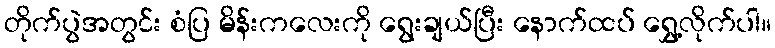
တိုက်ပွဲအတွင်း စံပြ မိန်းကလေးကို ရွေးချယ်ပြီး နောက်ထပ် ရွှေ့လိုက်ပါ။